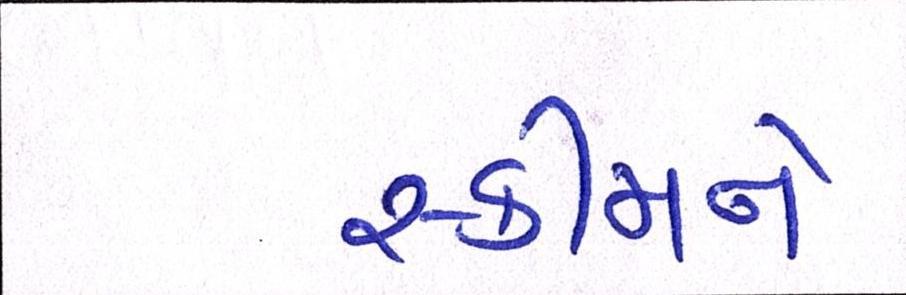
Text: સ્કીમને